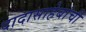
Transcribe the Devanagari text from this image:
दादासाहेबांची